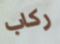
ركاب